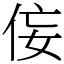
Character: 侫